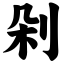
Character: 剁